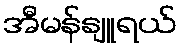
အီမန်နျူရယ်